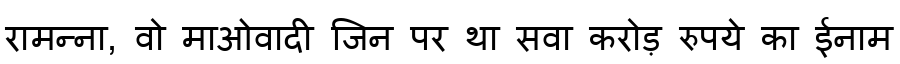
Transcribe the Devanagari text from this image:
रामन्ना, वो माओवादी जिन पर था सवा करोड़ रुपये का ईनाम